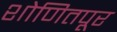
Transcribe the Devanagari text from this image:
शोणितपूर